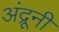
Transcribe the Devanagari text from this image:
अंद्रूनी